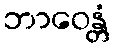
ဘာဝေန္တံ